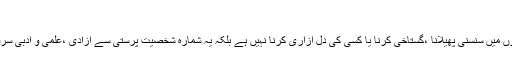
”
اس تناظر میں مدیر کا یہ اعلان کہ ” اس خصوصی شمارے کی اشاعت کا مقصد علم و ادب کے حلقوں میں سنسنی پھیلانا ،گستاخی کرنا یا کسی کی دل آزاری کرنا نہیں ہے بلکہ یہ شمارہ شخصیت پرستی سے آزادی ،علمی و ادبی سرقوں کی حوصلہ شکنی اور نئی نسل کیلئے نسبتا ً بہتر ماحول سازگار کرنے کی جانب ایک پہل ہے ۔